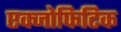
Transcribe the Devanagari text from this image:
एक्जोफिटिक